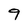
Character: 9